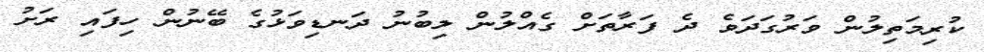
ކުރިމަތިލުން ވަރުގަދަވެ ދެ ފަރާތަށް ގެއްލުން ލިބުނު ދަނޑިވަޅުގެ ބޭނުން ހިފައި ރަށު